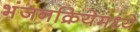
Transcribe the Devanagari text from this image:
भंजनक्रियेमध्ये